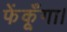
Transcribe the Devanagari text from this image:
फेंकूँगा।